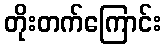
တိုးတက်ကြောင်း